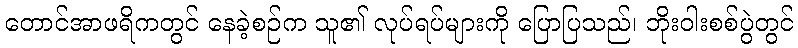
တောင်အာဖရိကတွင် နေခဲ့စဉ်က သူ၏ လုပ်ရပ်များကို ပြောပြသည်၊ ဘိုးဝါးစစ်ပွဲတွင်